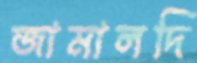
জামালদি